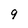
Character: 9